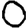
Digit: 0